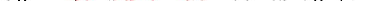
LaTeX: \smash{\upsilon_{0}=\ensuremath{\mathrm{\ textsl{v}}_{0}}^{2}/\nu}